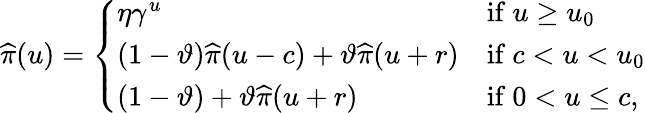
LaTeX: \widehat{\pi}(u)=\left\{ \begin{array}{ll}{\eta\gamma^{u}}&{\mathrm{if~}u\geq u_{0}}\\ {(1-\vartheta)\widehat{\pi}(u-c)+\vartheta\widehat{\pi}(u+r)}&{\mathrm{if~}c<u<u_{0}}\\ {(1-\vartheta)+\vartheta\widehat{\pi}(u+r)}&{\mathrm{if~}0<u\leq c,}\end{array}\right.